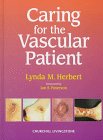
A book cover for Caring for the Vascular Patient, 1e; Lynda M. Herbert RGN; Medical Books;